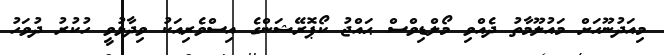
މިއަދުނޫހަށް މައުލޫމާތު ދެއްވި މޯލްޑިވްސް ޙައްޖު ކޯޕޮރޭޝަންގެ އިސްވެރިއަކު ވިދާޅުވީ ހުކުރު ދުވަހު